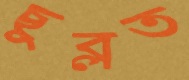
ছুব্‌লত